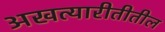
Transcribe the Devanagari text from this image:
अखत्यारीतीतील